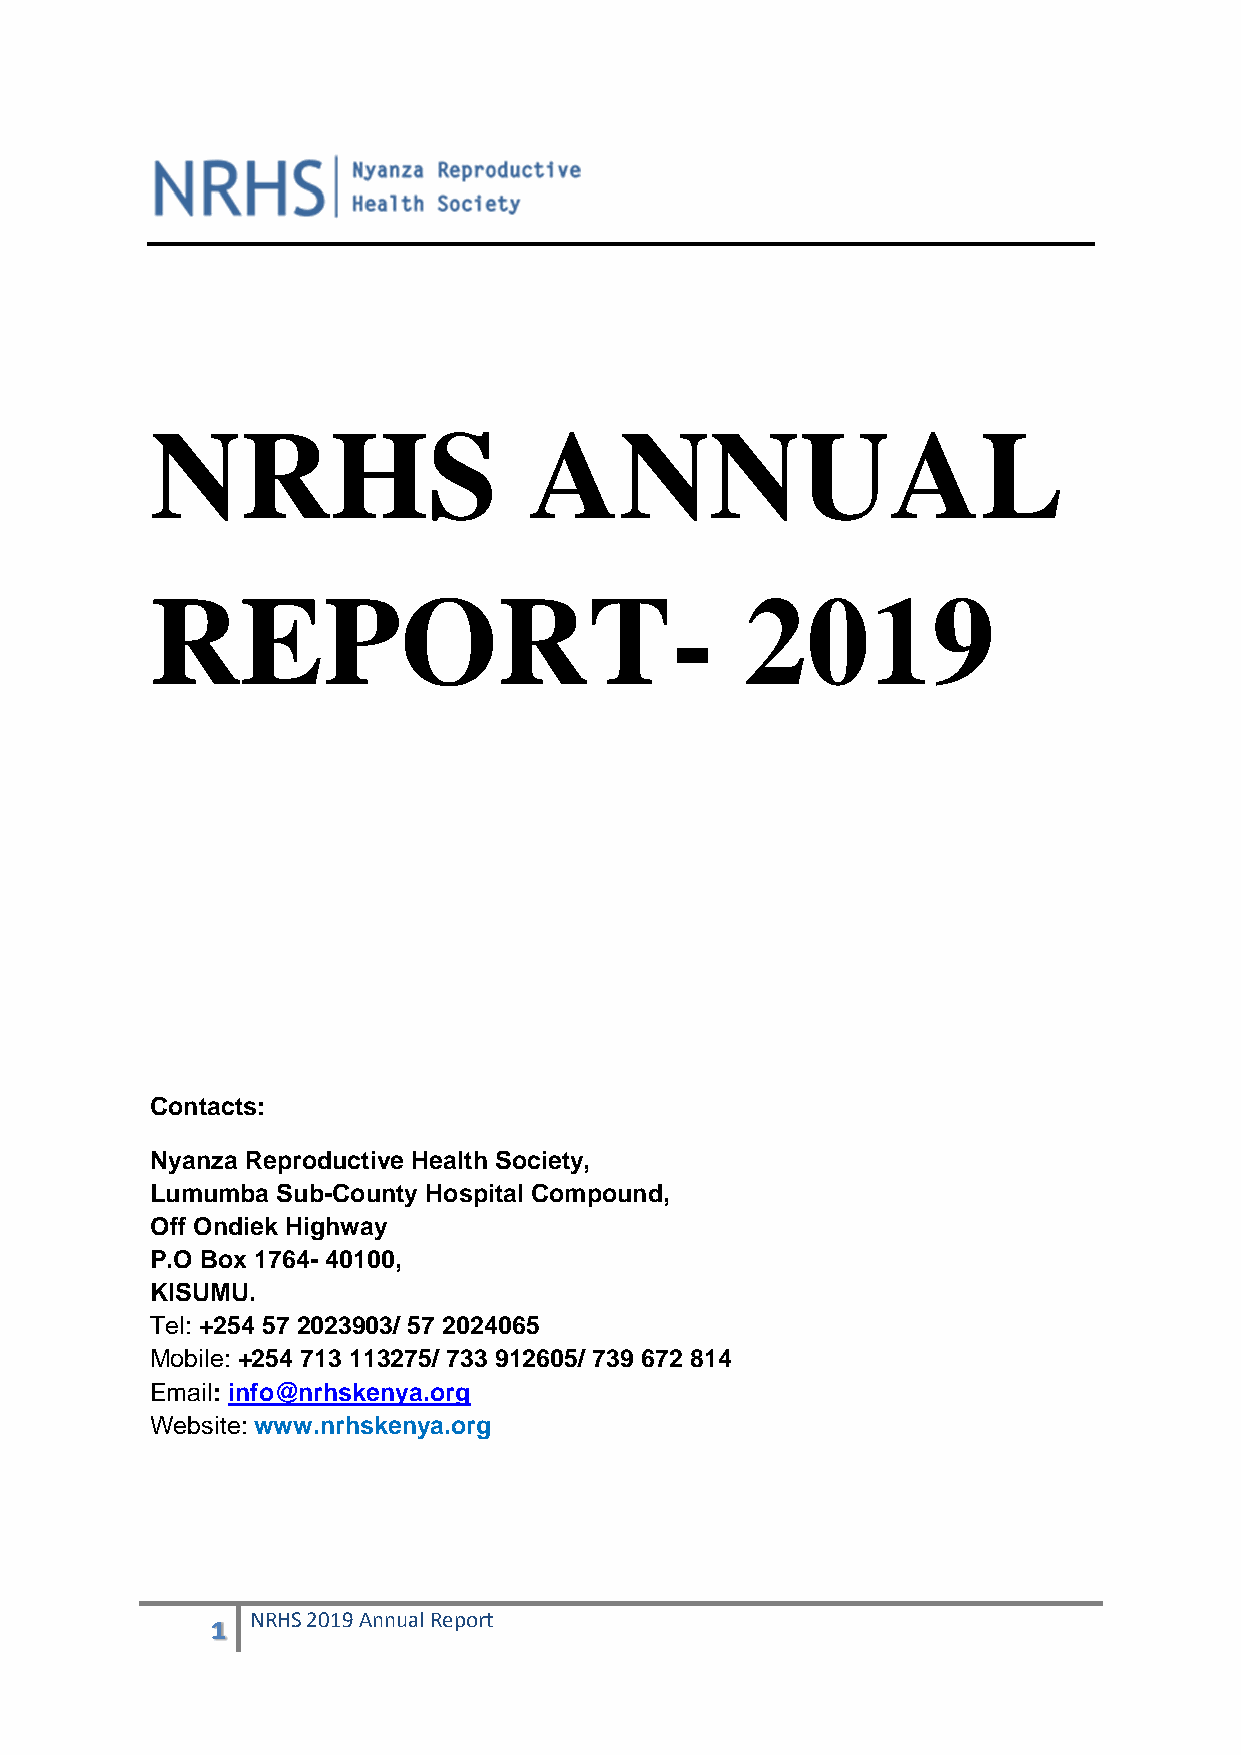
NRHS                     ANNUAL
 REPORT-                                2019
 Contacts:
 Nyanza Reproductive Health Society,
 Lumumba Sub-County Hospital Compound,
 Off Ondiek Highway
 P.O Box 1764- 40100,
 KISUMU.
 Tel: +254 57 2023903/ 57 2024065
 Mobile: +254 713 113275/ 733 912605/ 739 672 814
 Email: info@nrhskenya.org
 Website: www.nrhskenya.org
 1  NRHS 2019 Annual Report